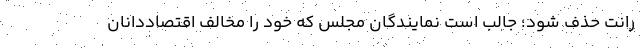
رانت حذف شود؛ جالب است نمایندگان مجلس که خود را مخالف اقتصاددانان